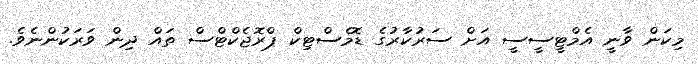
މިކަން ވާނީ އެމްޓީސީސީ އަށް ސަރުކާރުގެ ޑޮމެސްޓިކް ޕްރޮޖެކްޓްސް ތައް ދިން ވަރަކުންނެވެ.